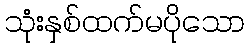
သုံးနှစ်ထက်မပိုသော